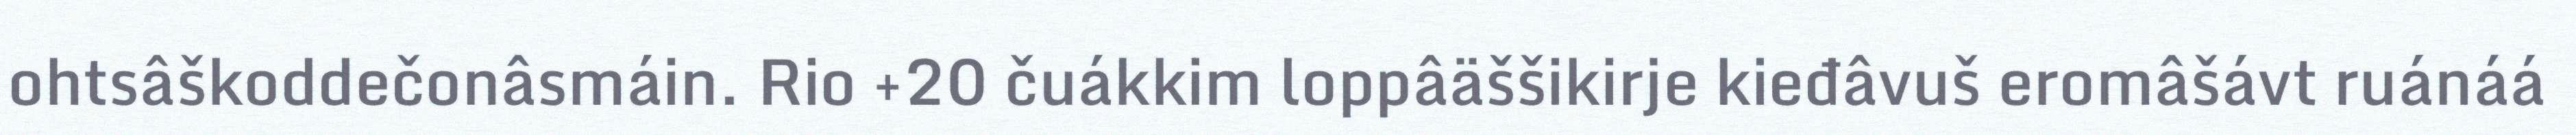
ohtsâškoddečonâsmáin. Rio +20 čuákkim loppâäššikirje kieđâvuš eromâšávt ruánáá